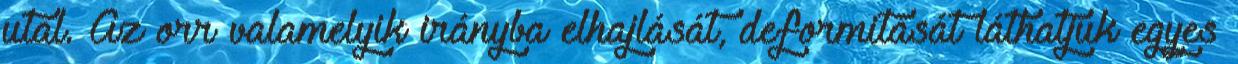
utal. Az orr valamelyik irányba elhajlását, deformitását láthatjuk egyes